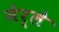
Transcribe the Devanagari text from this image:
मेर्ले